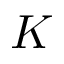
K